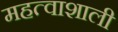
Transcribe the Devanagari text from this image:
महत्वाशाली